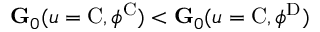
\mathbf { G } _ { 0 } ( u = \mathrm { C } , \phi ^ { \mathrm { C } } ) < \mathbf { G } _ { 0 } ( u = \mathrm { C } , \phi ^ { \mathrm { D } } )